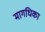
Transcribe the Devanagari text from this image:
मागधिका